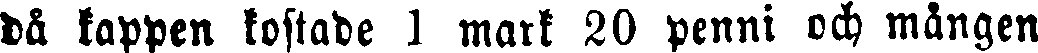
dä kappen kostade I mark 20 penni och mången